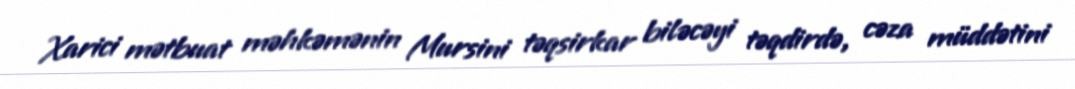
Xarici mətbuat məhkəmənin Mursini təqsirkar biləcəyi təqdirdə, cəza müddətini